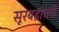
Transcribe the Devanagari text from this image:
सूरबहोत्तरी